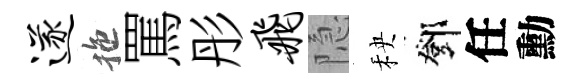
遂拖罵彤飞隐秧鄧任勳